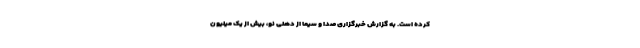
کرده است. به گزارش خبرگزاری صدا و سیما از دهلی نو، بیش از یک میلیون